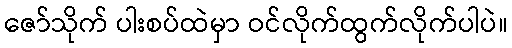
ဇော်သိုက် ပါးစပ်ထဲမှာ ဝင်လိုက်ထွက်လိုက်ပါပဲ။